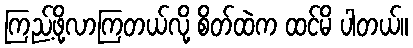
ကြည့်ဖို့လာကြတယ်လို့ စိတ်ထဲက ထင်မိ ပါတယ်။